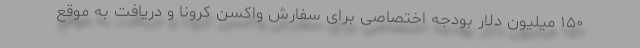
۱۵۰ میلیون دلار بودجه اختصاصی برای سفارش واکسن کرونا و دریافت به موقع